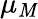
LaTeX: \mu_{\mathit{M}}